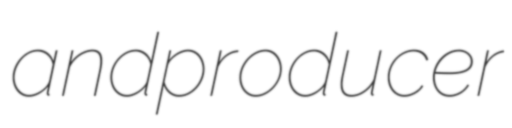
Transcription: and producer